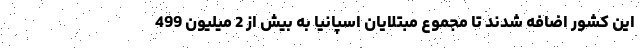
این کشور اضافه شدند تا مجموع مبتلایان اسپانیا به بیش از 2 میلیون 499